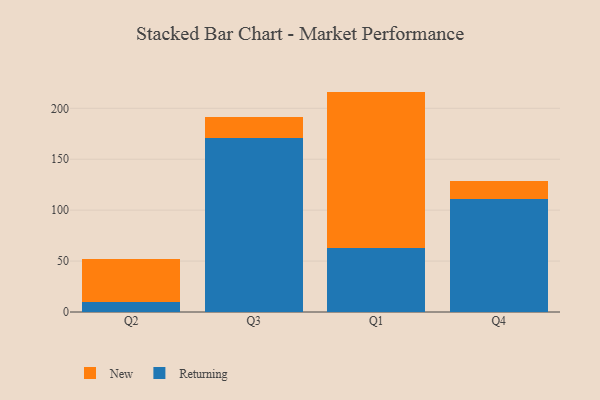
{"axis": {"x": "Quarter", "y": "Customer Acquisition Cost (USD)"}, "legend": ["New", "Returning"], "data": [{"x": "Q2", "y": 10.2, "type": "Returning"}, {"x": "Q2", "y": 42.1, "type": "New"}, {"x": "Q3", "y": 170.7, "type": "Returning"}, {"x": "Q3", "y": 20.7, "type": "New"}, {"x": "Q1", "y": 63.3, "type": "Returning"}, {"x": "Q1", "y": 153.1, "type": "New"}, {"x": "Q4", "y": 111.1, "type": "Returning"}, {"x": "Q4", "y": 17.7, "type": "New"}]}